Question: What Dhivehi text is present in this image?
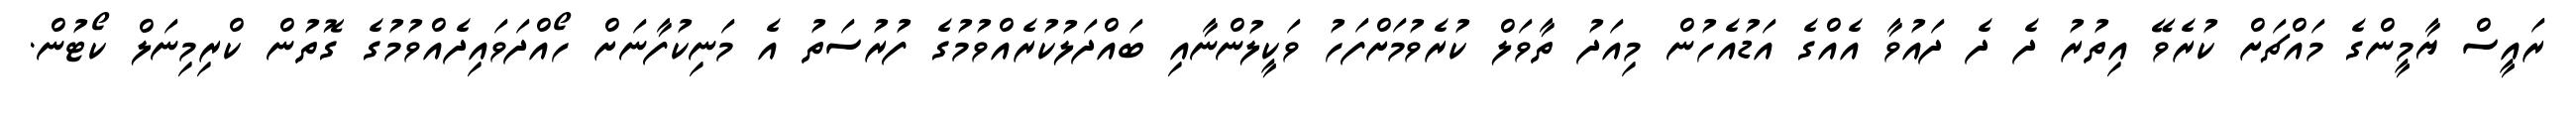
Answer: ރައީސް ޔާމީންގެ މައްޗަށް ކުރެވޭ އިތުރު ދެ ދެ ދައުވާ އެއްގެ އަޑުއެހުން މިއަދު ތާވަލް ކުރެވުމަށްފަހު ވަކީލުންނާއި ބައްދަލުކުރެއްވުމުގެ ފުރުސަތު އެ މަނިކުފާނަށް ހޯއްދަވައިދެއްވުމުގެ ގޮތުން ކްރިމިނަލް ކޯޓުން.